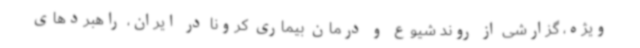
ویژه، گزارشی از روند شیوع و درمان بیماری کرونا در ایران، راهبردهای